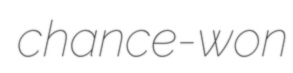
chance-won